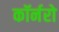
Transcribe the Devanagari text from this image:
कॉर्नरो